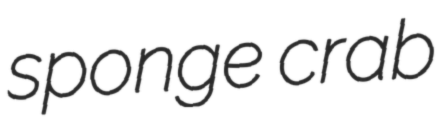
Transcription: sponge crab